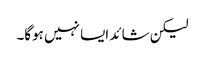
لیکن شائد ایسا نہیں ہوگا۔